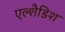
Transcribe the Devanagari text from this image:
एल्शैडिश